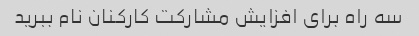
سه راه برای افزایش مشارکت کارکنان نام ببرید